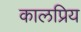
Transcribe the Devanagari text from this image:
कालप्रिय